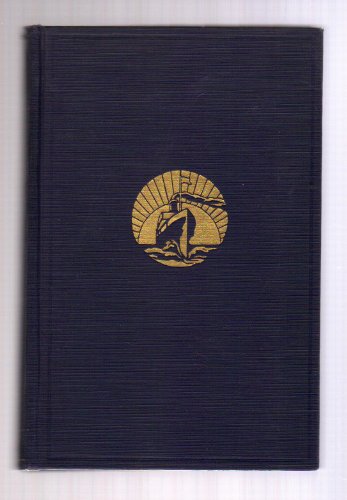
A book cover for Australia, New Zealand and some islands of the South seas;: Australia, New Zealand, Thursday island, the Samoas, New Guinea, the Fijis, and the Tongas, (Carpenter's world travels); Frank G Carpenter; Travel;